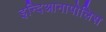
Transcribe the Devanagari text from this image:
इन्दिआनापोलिस